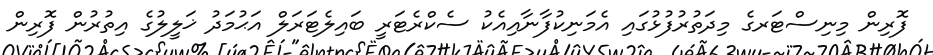
ފޮރިން މިނިސްޓަރގެ މިދަތުރުފުޅުގައި އެމަނިކުފާނާއިއެކު ސެކްރެޓަރީ ބައިލެޓަރަލް އަޙުމަދު ޚަލީލުގެ އިތުރުން ފޮރިން